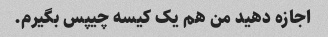
اجازه دهید من هم یک کیسه چیپس بگیرم.